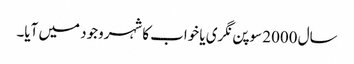
سال 2000 سوپن نگری یا خواب کا شہروجود میں آیا۔